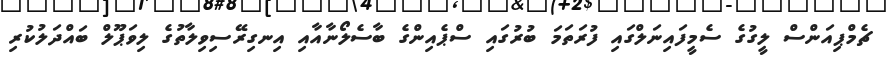
ޗެމްޕިއަންސް ލީގުގެ ސެމީފައިނަލްގައި ފުރަތަމަ ބުރުގައި ސްޕެއިންގެ ބާސެލޯނާއާއި އިނގިރޭސިވިލާތުގެ ލިވަޕޫލް ބައްދަލުކުރި